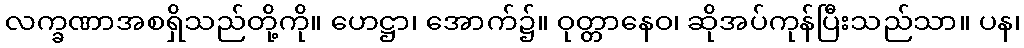
လက္ခဏာအစရှိသည်တို့ကို။ ဟေဋ္ဌာ၊ အောက်၌။ ဝုတ္တာနေဝ၊ ဆိုအပ်ကုန်ပြီးသည်သာ။ ပန၊